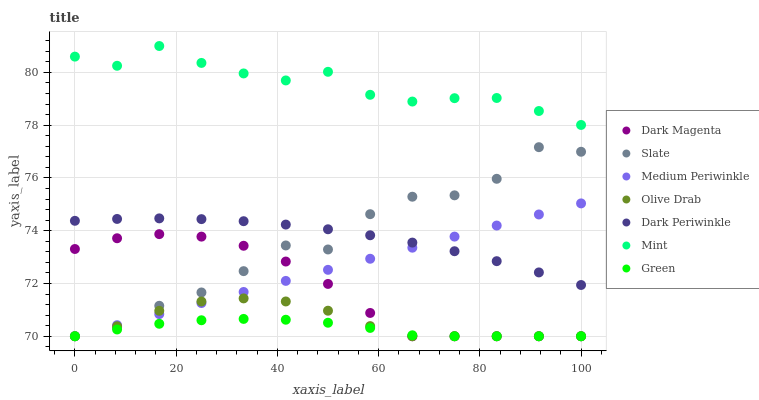
| xaxis_label | Dark Magenta | Slate | Medium Periwinkle | Olive Drab | Dark Periwinkle | Mint | Green |
 | --- | --- | --- | --- | --- | --- | --- | --- |
 | 0 | 73.3 | 70 | 70 | 70 | 74.4 | 80.6 | 70 |
 | 8.33 | 73.7 | 70.3 | 70.4 | 70.4 | 74.4 | 80.3 | 70.3 |
 | 16.7 | 73.9 | 71.2 | 70.8 | 71 | 74.5 | 81 | 70.5 |
 | 25 | 73.8 | 71.7 | 71.3 | 71.3 | 74.4 | 80.4 | 70.6 |
 | 33.3 | 73.4 | 72.5 | 71.7 | 71.4 | 74.4 | 80 | 70.7 |
 | 41.7 | 72.8 | 73.4 | 72.1 | 71.3 | 74.2 | 79.7 | 70.6 |
 | 50 | 72 | 73.3 | 72.5 | 71 | 74.1 | 80 | 70.5 |
 | 58.3 | 70.9 | 74.6 | 72.9 | 70.4 | 73.8 | 79.2 | 70.3 |
 | 66.7 | 70 | 75.3 | 73.4 | 70 | 73.5 | 78.9 | 70 |
 | 75 | 70 | 75.3 | 73.8 | 70 | 73.2 | 79 | 70 |
 | 83.3 | 70 | 76 | 74.2 | 70 | 72.8 | 79 | 70 |
 | 91.7 | 70 | 77.2 | 74.6 | 70 | 72.4 | 78.5 | 70 |
 | 100 | 70 | 77 | 75 | 70 | 71.9 | 78 | 70 |